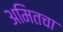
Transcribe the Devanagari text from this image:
अमितचा